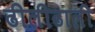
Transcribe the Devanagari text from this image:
ढीलीढाली